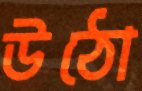
উঠো